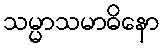
သမ္မာသမာဓိနော